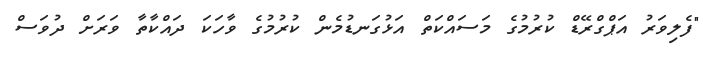
"ފެލިވަރު އަޕްގްރޭޑް ކުރުމުގެ މަސައްކަތް އަޅުގަނޑުމެން ކުރުމުގެ ވާހަކަ ދައްކާތާ ވަރަށް ދުވަސް